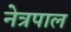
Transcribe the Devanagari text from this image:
नेत्रपाल